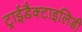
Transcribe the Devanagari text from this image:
ट्राईडैक्टाइलिडी